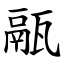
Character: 䰛